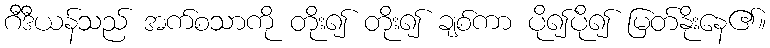
ဂီဒီယန်သည် အက်စသာကို တိုး၍ တိုး၍ ချစ်ကာ ပို၍ပို၍ မြတ်နိုးနေ၏။